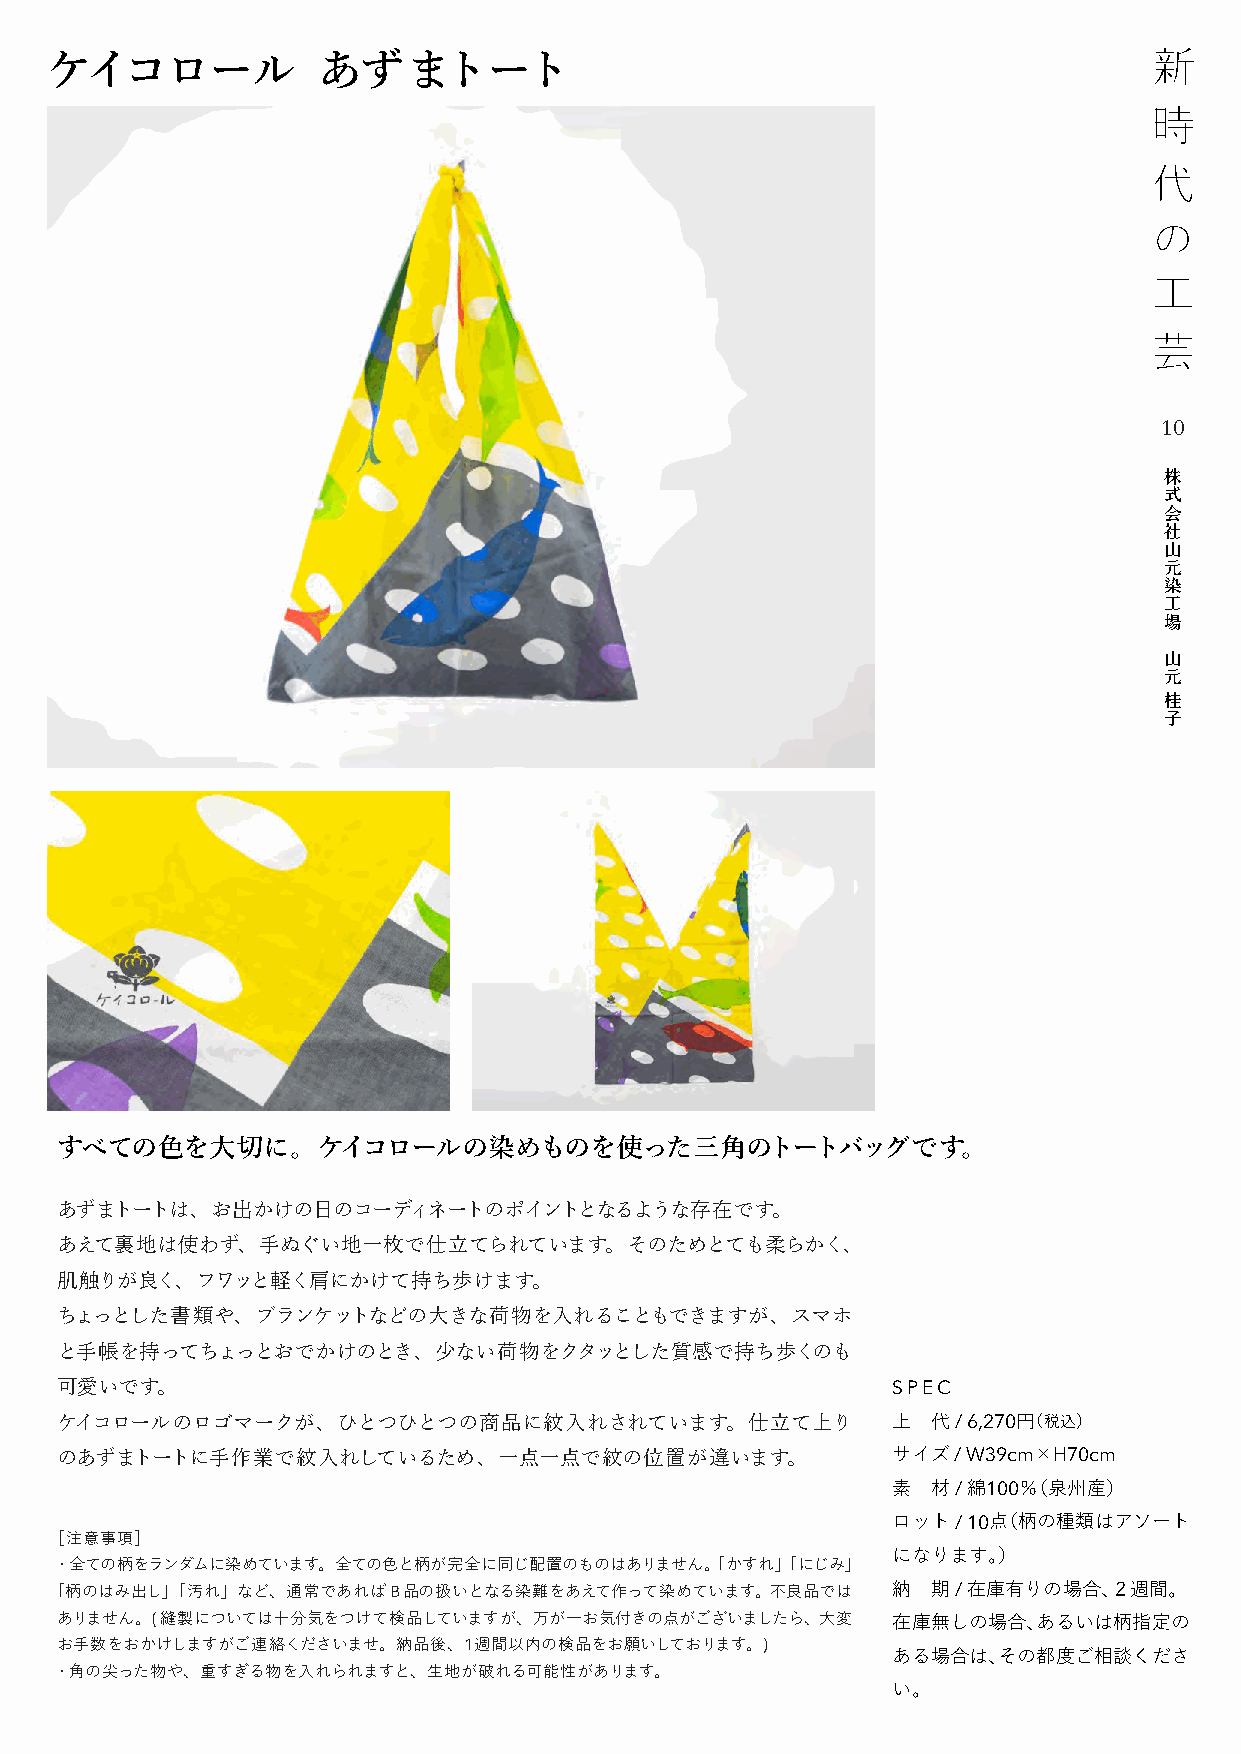
ケイコロール            あずまトート
 10
 株
 式
 会
 社
 山
 元
 染
 工
 場
 山
 元
 桂
 子
 すべての色を大切に。ケイコロールの染めものを使った三角のトートバッグです。
 あずまトートは、お出かけの日のコーディネートのポイントとなるような存在です。
 あえて裏地は使わず、手ぬぐい地一枚で仕立てられています。そのためとても柔らかく、
 肌触りが良く、フワッと軽く肩にかけて持ち歩けます。
 ちょっとした書類や、ブランケットなどの大きな荷物を入れることもできますが、スマホ
 と手帳を持ってちょっとおでかけのとき、少ない荷物をクタッとした質感で持ち歩くのも
 可愛いです。                                                 SPEC
 ケイコロールのロゴマークが、ひとつひとつの商品に紋入れされています。仕立て上り                上  代 / 6,270円（税込）
 のあずまトートに手作業で紋入れしているため、一点一点で紋の位置が違います。                  サイズ / W39cm×H70cm
 素  材 / 綿100％（泉州産）
 ロット / 10点（柄の種類はアソート
 ［注意事項］
 になります。）
 ・全ての柄をランダムに染めています。全ての色と柄が完全に同じ配置のものはありません。「 かすれ」「にじみ」
 「柄のはみ出し」「汚れ」など、通常であればB品の扱いとなる染難をあえて作って染めています。   不良品では   納  期 / 在庫有りの場合、２週間。
 ありません。(縫製については十分気をつけて検品していますが、万が一お気付きの点がございましたら、  大変   在庫無しの場合、あるいは柄指定の
 お手数をおかけしますがご連絡くださいませ。納品後、1週間以内の検品をお願いしております。)
 ある場合は、その都度ご相談くださ
 ・角の尖った物や、重すぎる物を入れられますと、生地が破れる可能性があります。
 い。